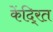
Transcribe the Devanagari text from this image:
केंदि्रत